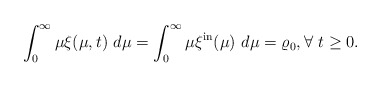
\begin{align*}\int_{0}^{\infty}\mu\xi(\mu,t)\ d\mu=\int_{0}^{\infty}\mu\xi^{\mathrm{in}}(\mu)\ d\mu=\varrho_{0},\forall~t\geq0. \end{align*}